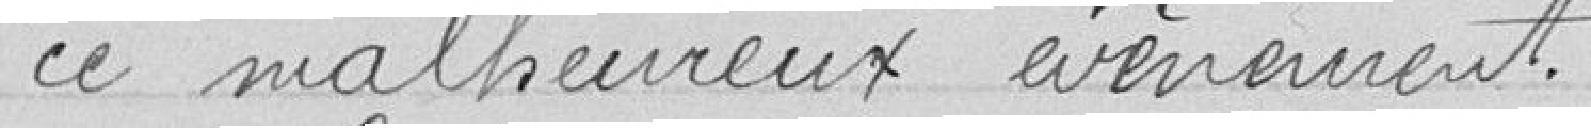
ce malheureux évènement.